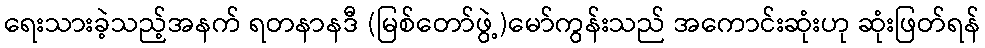
ရေးသားခဲ့သည့်အနက် ရတနာနဒီ (မြစ်တော်ဖွဲ့)မော်ကွန်းသည် အကောင်းဆုံးဟု ဆုံးဖြတ်ရန်